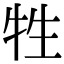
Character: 牲